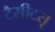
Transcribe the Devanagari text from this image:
टैसीटसृ